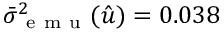
\Bar { \sigma } _ { \mathrm { ~ e ~ m ~ u ~ } } ^ { 2 } ( \hat { u } ) = 0 . 0 3 8